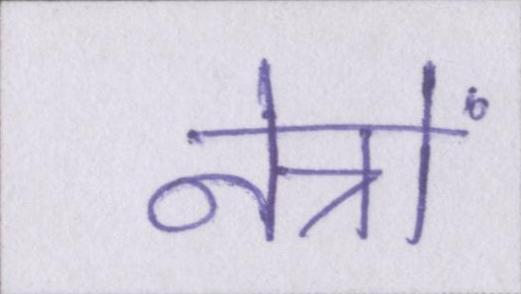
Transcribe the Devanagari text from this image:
नेत्रों